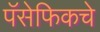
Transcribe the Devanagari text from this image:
पॅसेफिकचे